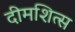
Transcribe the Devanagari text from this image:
दीमशित्स